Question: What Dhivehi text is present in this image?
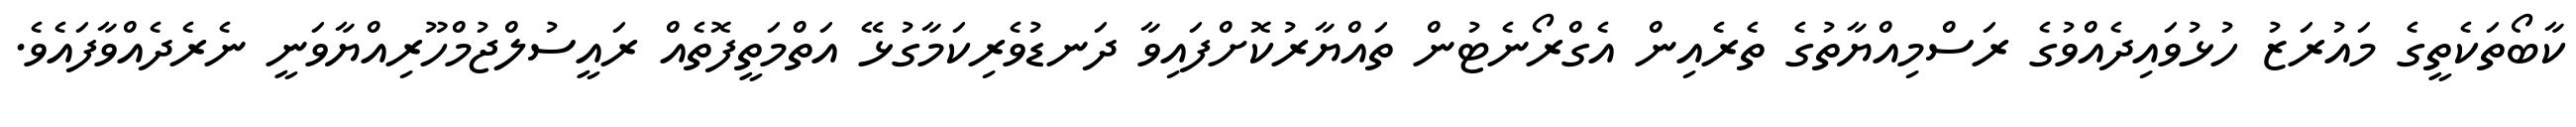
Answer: ކާބޯތަކެތީގެ މައުރަޒު ހުޅުވައިދެއްވުގެ ރަސްމިއްޔާތުގެ ތެރެއިން އެގްރޯނެޓުން ތައްޔާރުކޮށްފައިވާ ދަނޑުވެރިކަމާގުޅޭ އަތްމަތީފޮތެއް ރައީސުލްޖުމްހޫރިއްޔާވަނީ ނެރެދެއްވާފައެވެ.